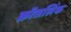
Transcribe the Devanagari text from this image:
क्रॉसलिंक